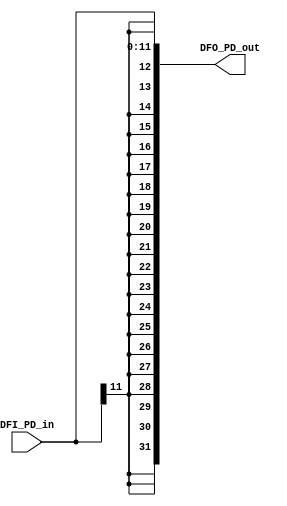
module Sign_ext
    #(
        parameter W_PD_out = 32,
        parameter W_PD_in  = 12
    )
    (
        output wire[W_PD_out-1 : 0] DFO_PD_out,
        input  wire[W_PD_in -1 : 0] DFI_PD_in
    );

    assign DFO_PD_out =  {
                            { (W_PD_out - W_PD_in){ DFI_PD_in[W_PD_in-1] } },
                            DFI_PD_in
                         };

endmodule